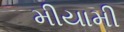
મીયામી